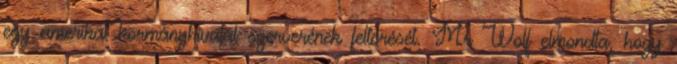
egy amerikai kormányhivatal szerverének feltörését. Mr Wolf elmondta, hogy